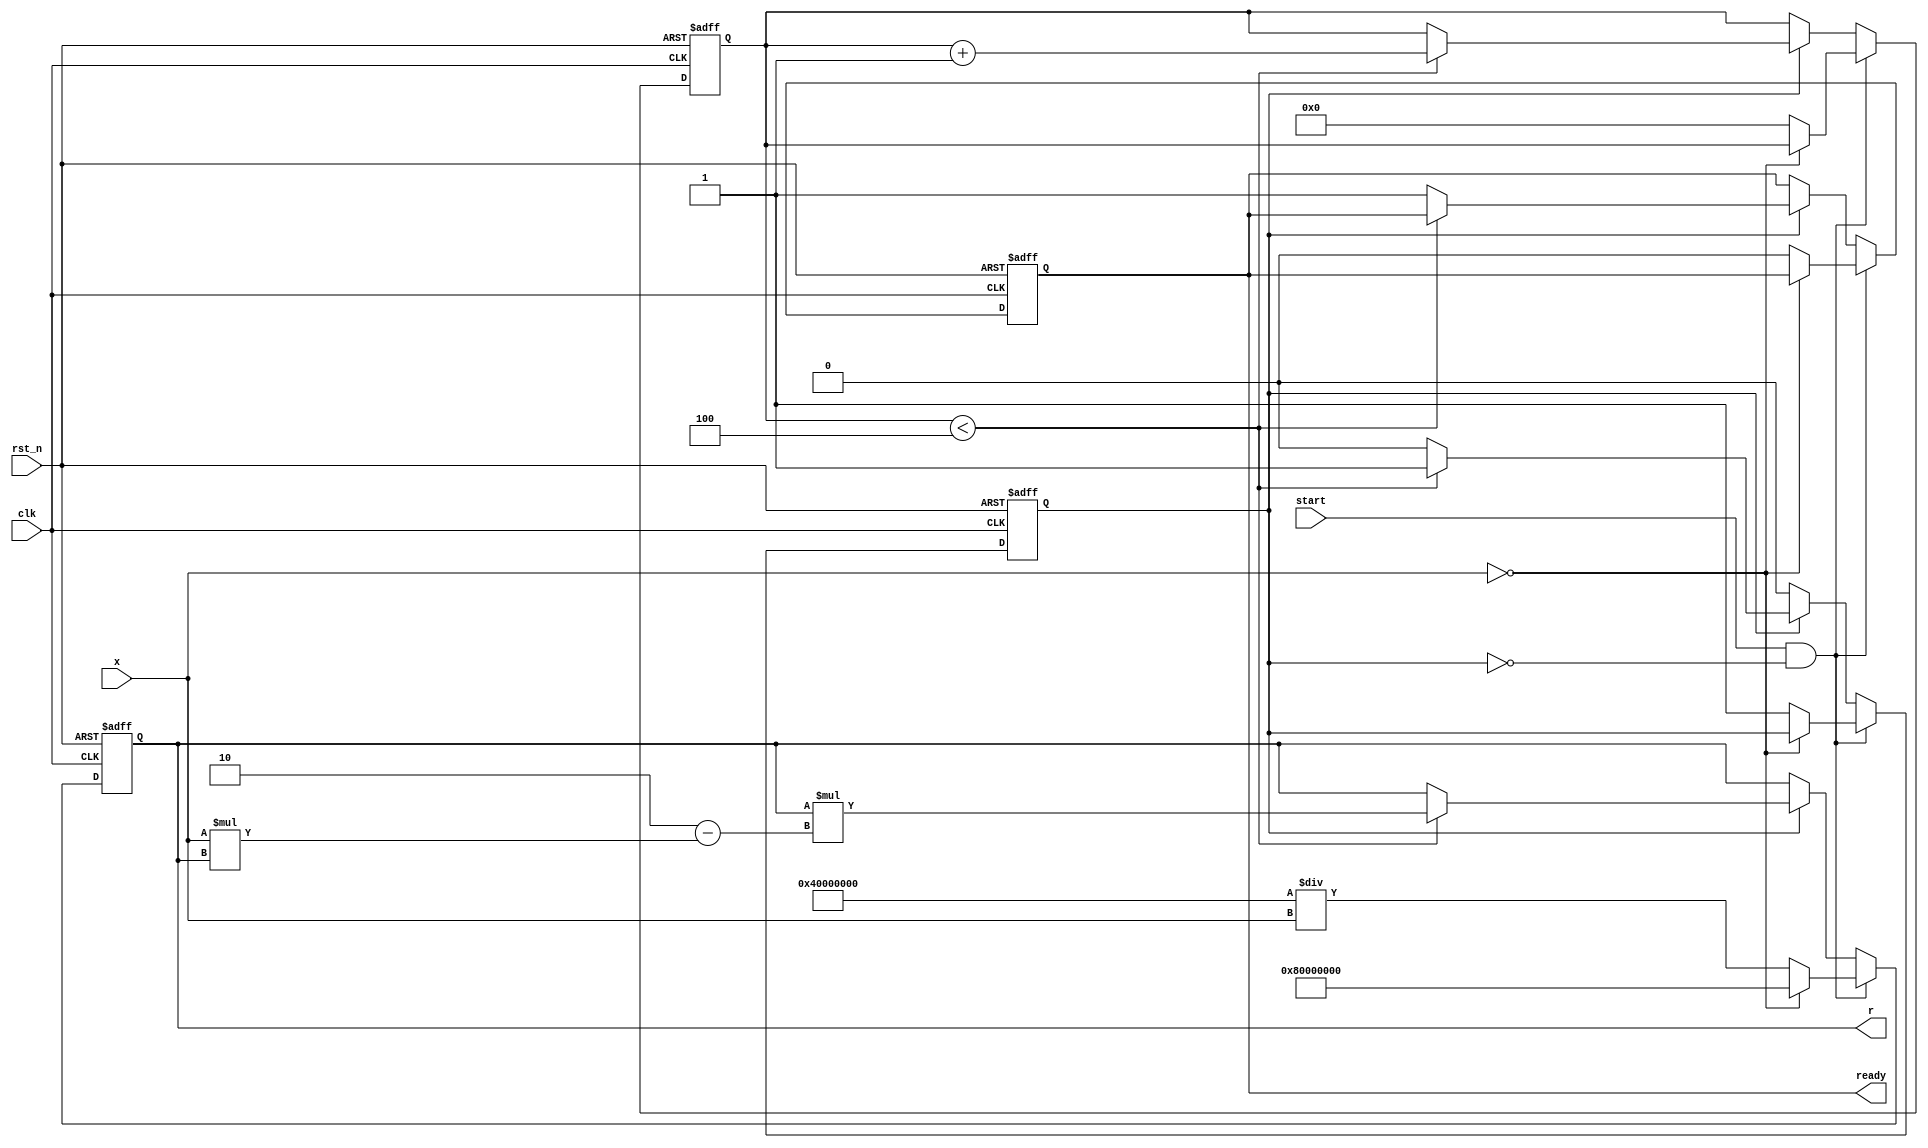
module ReciprocalUnit #(
    parameter WIDTH = 32,          // Width of input and output
    parameter ITERATIONS = 4       // Number of Newton-Raphson iterations
)(
    input wire clk,                // Clock signal
    input wire rst_n,              // Active-low reset
    input wire start,              // Start signal for computation
    input wire [WIDTH-1:0] x,      // Input value
    output reg [WIDTH-1:0] r,      // Output reciprocal
    output reg ready               // Ready signal
);

    reg [WIDTH-1:0] r_next;        // Next value of reciprocal
    reg [3:0] iteration_count;      // Counter for iterations
    reg computing;                  // Flag to indicate computation in progress

    // Initial values
    always @(posedge clk or negedge rst_n) begin
        if (!rst_n) begin
            r <= 0;
            ready <= 0;
            iteration_count <= 0;
            computing <= 0;
        end else begin
            if (start && !computing) begin
                // Check for division by zero
                if (x == 0) begin
                    r <= {1'b1, {WIDTH-1{1'b0}}}; // Return infinity or error signal
                end else begin
                    // Initial guess: r0 = 1/x (using fixed-point representation)
                    r <= {1'b0, 1'b1, {WIDTH-2{1'b0}}} / x; // Initial guess
                    iteration_count <= 0;
                    computing <= 1;
                    ready <= 0;
                end
            end else if (computing) begin
                if (iteration_count < ITERATIONS) begin
                    // Newton-Raphson iteration: r(n+1) = r(n) * (2 - x * r(n))
                    r_next = r * (2 - x * r);
                    r <= r_next; // Update r with the new estimate
                    iteration_count <= iteration_count + 1;
                end else begin
                    // Computation complete
                    computing <= 0;
                    ready <= 1;
                end
            end
        end
    end

endmodule